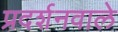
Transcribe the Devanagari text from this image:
प्रदर्शनवाले